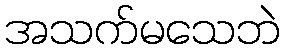
အသက်မသေဘဲ